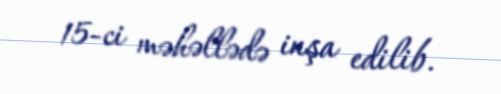
15-ci məhəllədə inşa edilib.